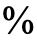
%